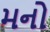
મનો